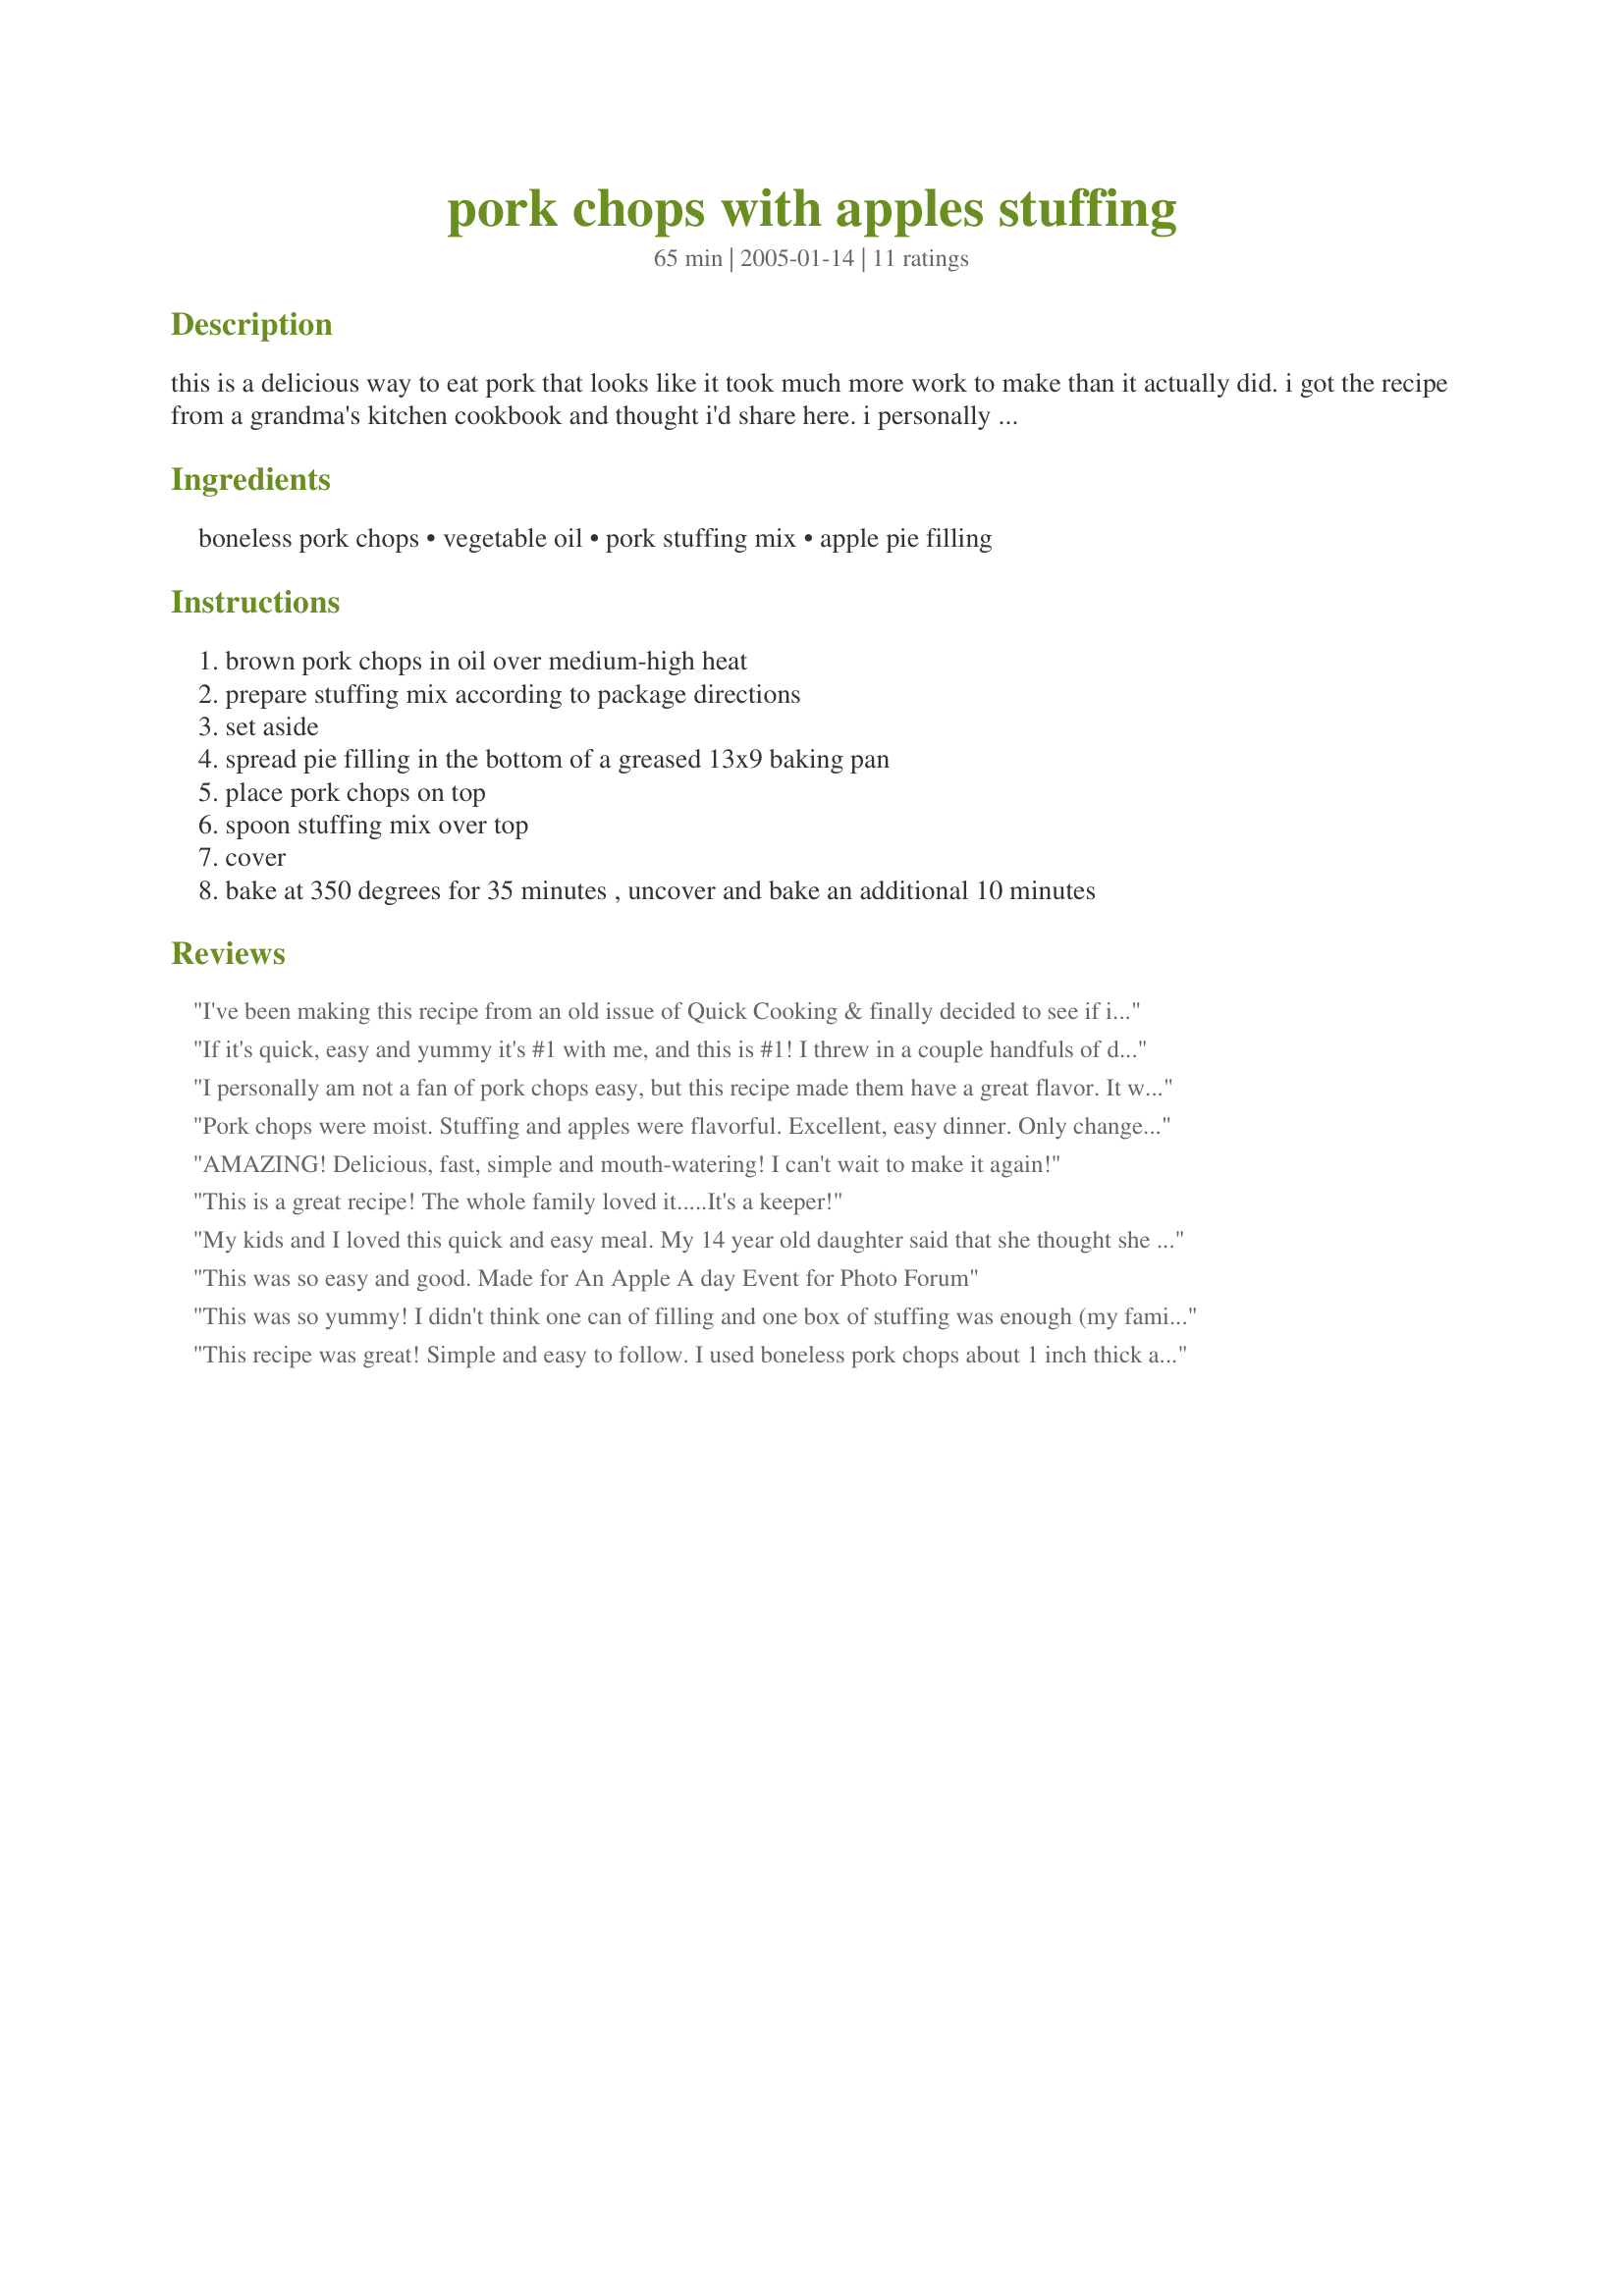
pork chops with apples stuffing
Preparation time: 65 minutes

this is a delicious way to eat pork that looks like it took much more work to make than it actually did. i got the recipe from a grandma's kitchen cookbook and thought i'd share here. i personally don't like cinnamon so i left it out and just used regular apple pie filling.

Ingredients:
boneless pork chops, vegetable oil, pork stuffing mix, apple pie filling

Steps:
brown pork chops in oil over medium-high heat, prepare stuffing mix according to package directions, set aside, spread pie filling in the bottom of a greased 13x9 baking pan, place pork chops on top, spoon stuffing mix over top, cover, bake at 350 degrees for 35 minutes , uncover and bake an additional 10 minutes

Reviews:
I've been making this recipe from an old issue of Quick Cooking & finally decided to see if it was posted on Zaar. It's an easy weeknight meal that leaves you satisfied. I've been using homemade apple pie filling that I had made & frozen for OAMC. The chops always come out moist & flavorful & best of all, this recipe has passed the "Picky Eaters" test. Thanks for posting, Kellogs!
If it's quick, easy and yummy it's #1 with me, and this is #1! I threw in a couple handfuls of dried cranberries into the stuffing mix (used Stove Top Pork flavor) and it really set it off. My family LOVED it! It's perfect for the working mom who doesn't want to spend a lot of time cooking...a must try!
I personally am not a fan of pork chops easy, but this recipe made them have a great flavor. It was simple too!
Pork chops were moist. Stuffing and apples were flavorful. Excellent, easy dinner. Only change I made was to dredge the chops in flour and dry mustard prior to browning. My family called it Pork Chop Pie. Ymmmmmmm.
AMAZING! Delicious, fast, simple and mouth-watering! I can't wait to make it again!
This is a great recipe! The whole family loved it.....It's a keeper!
My kids and I loved this quick and easy meal. My 14 year old daughter said that she thought she could make next time since it was so easy. Very flavorful! Hubby worked late and he didn't get any since we ate the whole pan!
This was so easy and good. Made for An Apple A day Event for Photo Forum
This was so yummy! I didn't think one can of filling and one box of stuffing was enough (my family is big on stuffing) so I doubled those two and kept the amount of chops the same. It was great! Except next time I'll only use 1 1/2 cans apple. This was soooo filling, too!
This recipe was great! Simple and easy to follow. I used boneless pork chops about 1 inch thick and next time, I think I'll cook it a little less, just because I like them a little more juicy. And I would also add another can of apples on the bottom. Great for when you have company come over because you fix it, forget about it, entertain and when the timer goes off it's done - and you have your meat and 2 sides - all in one dish! Just add a salad or something and your dinner is complete!
Thanks for an easy to put together recipe. We only need 3 pork chops but I kept the rest of the ingredients true to the recipe. I did salt and pepper the chops before browning. If I were making this recipe for for 4-6 I would want to increase the apples to 2 cans. The chops turned out moist and wonderful. We will make again!
